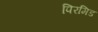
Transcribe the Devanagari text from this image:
पिरमिड